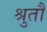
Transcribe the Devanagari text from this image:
श्रुतौ